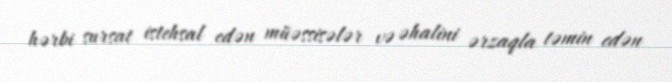
hərbi sursat istehsal edən müəssisələr və əhalini ərzaqla təmin edən